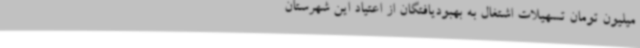
میلیون تومان تسهیلات اشتغال به بهبودیافتگان از اعتیاد این شهرستان